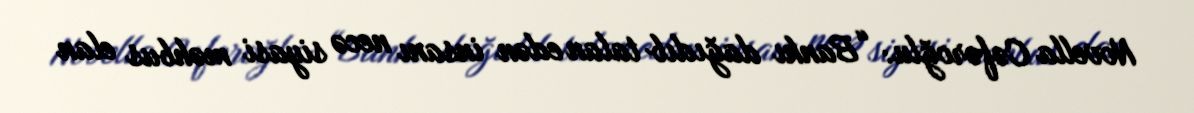
Novella Cəfəroğlu: “Bankı dağıdıb talan edən insanı necə siyasi məhbus elan